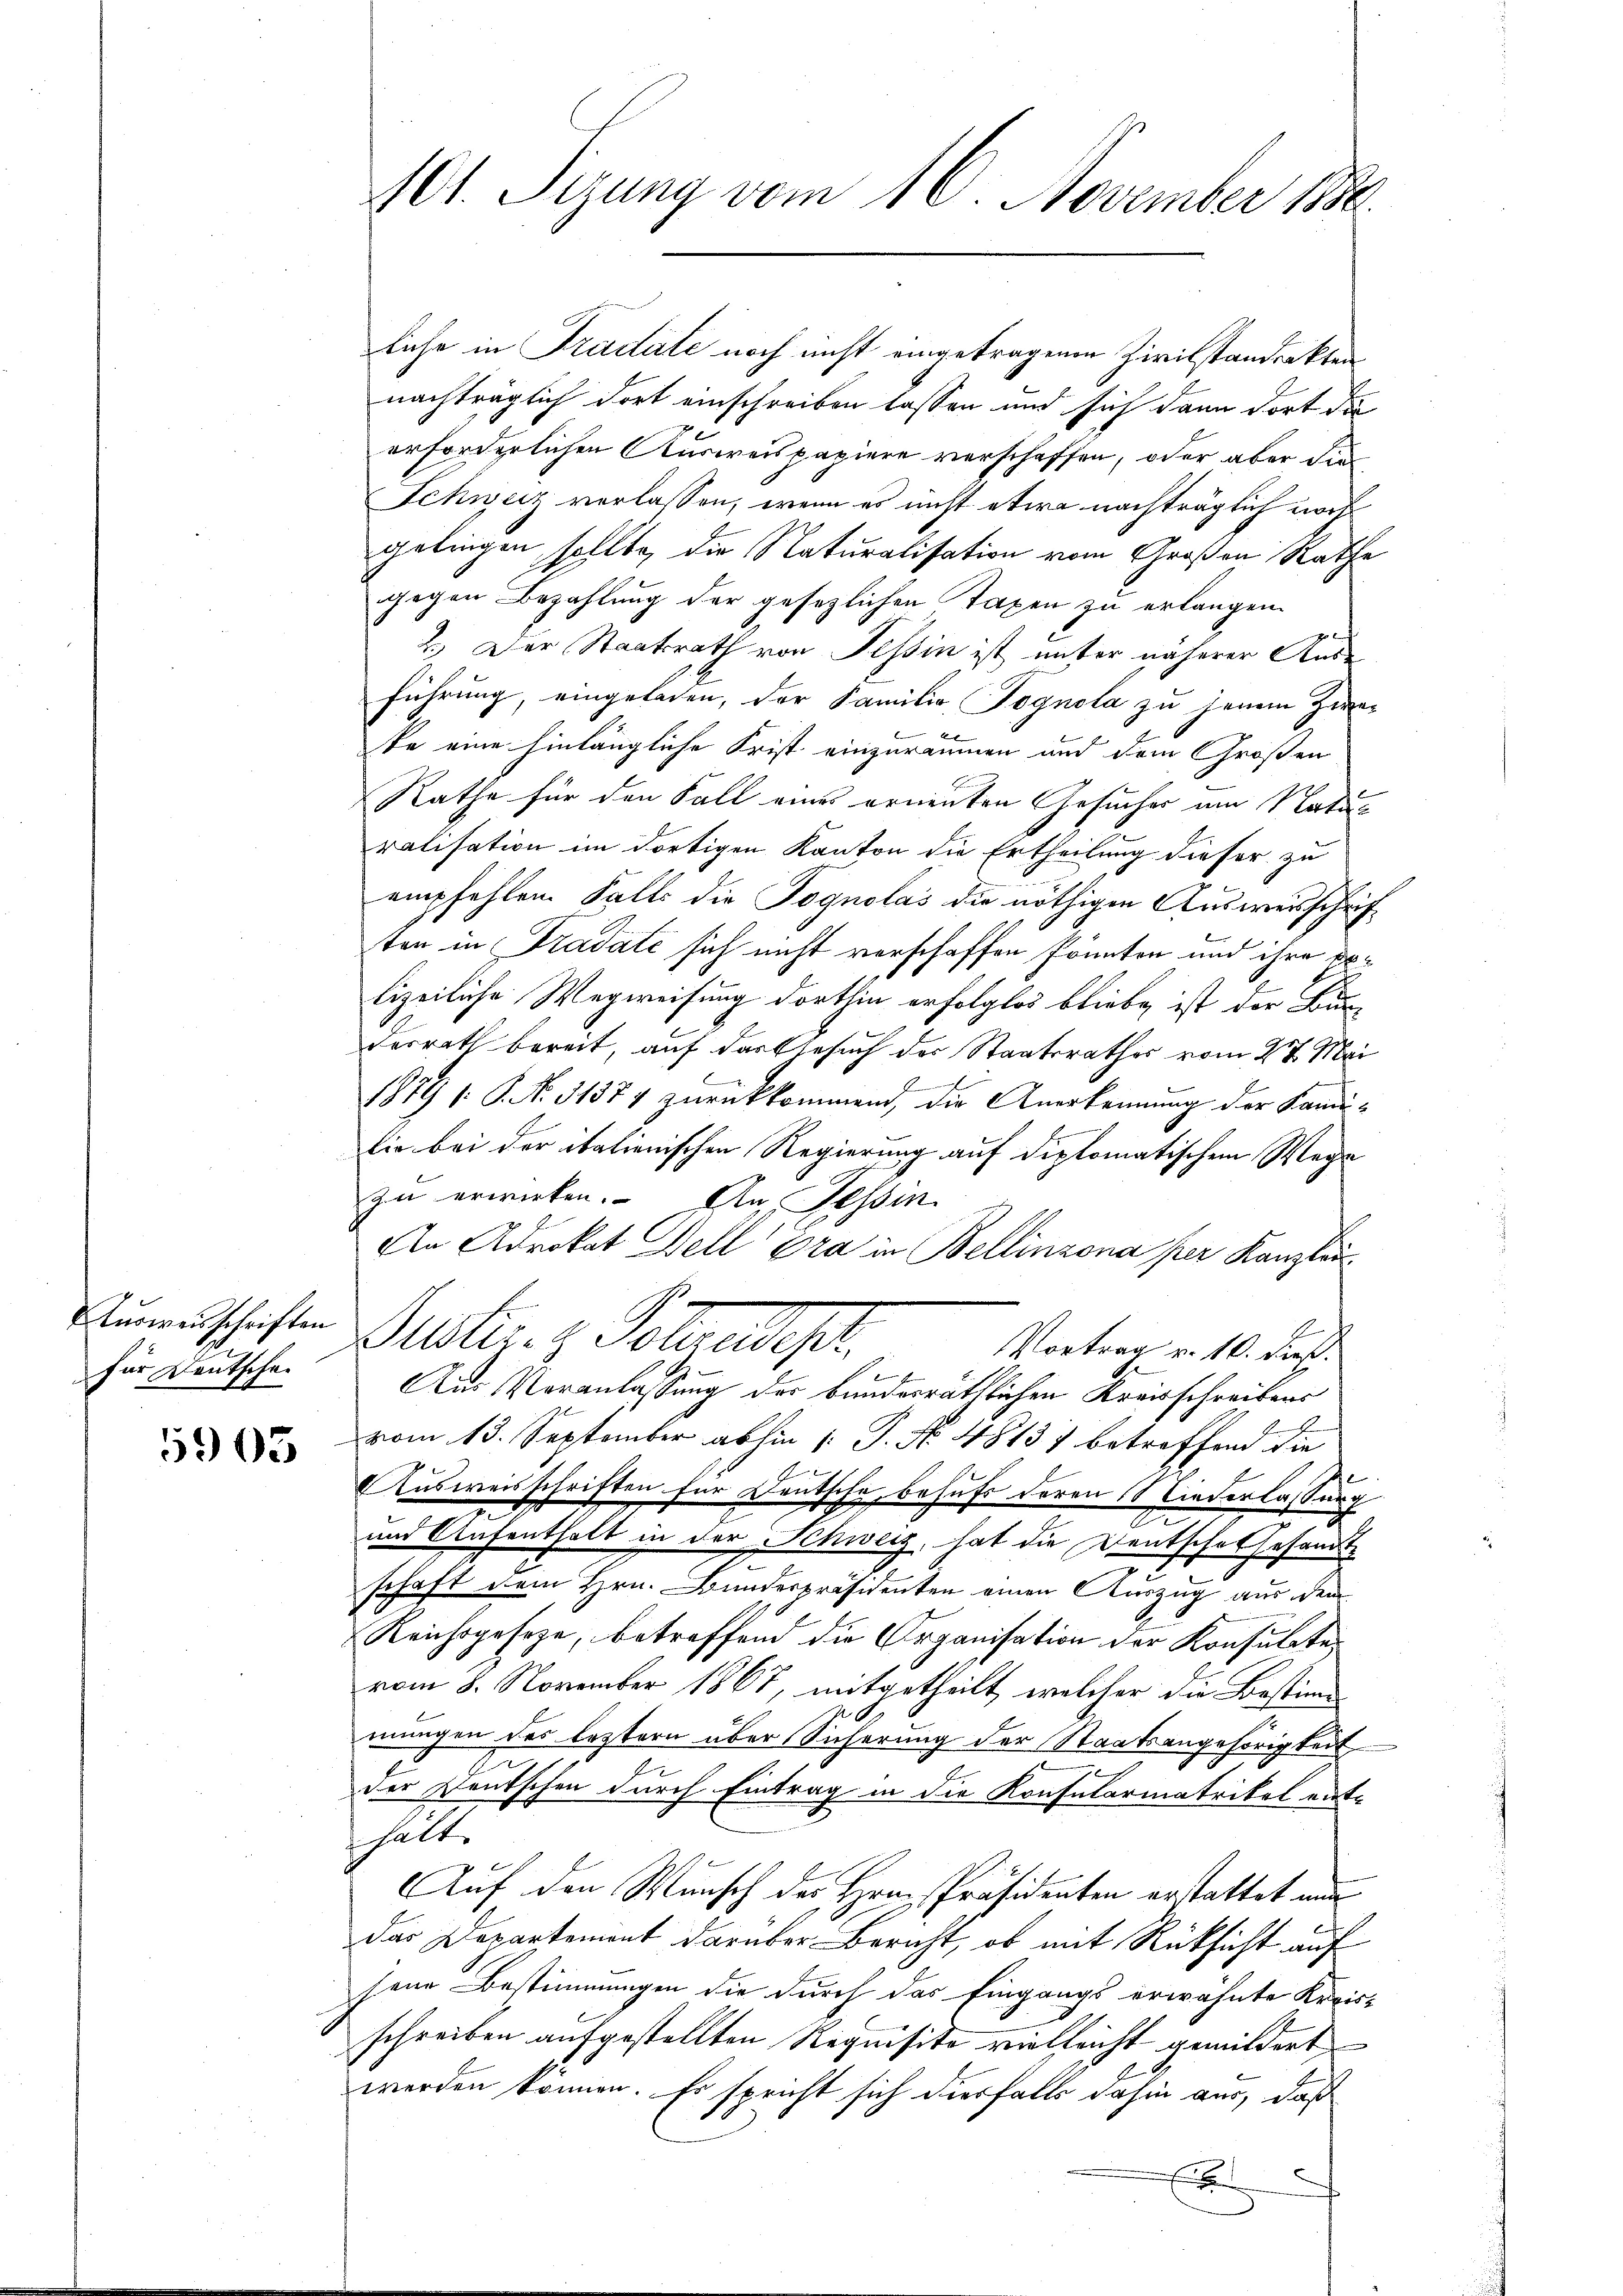
Ausweisschriften
für Deutschei

5905

liche in Tradate noch nicht eingetragenen Zivilstandenkten
nachträglich dort einschreiben lassen und sich dann dort die
erforderlichen Ausweispapiere verschaffen, oder aber die
Schweiz verlassen, wenn es nicht etwa nachträglich vorh
gelingen sollte, die Naturalisation vom Großen Rathe
gegen Bezahlung der gesezlichen Taxen zu erlangen.
2.) Der Staatsrath von Tessin ist unter näherer Ande
führung, eingeladen, der Familie Tognola zu jenem Zweke eine hinlängliche Frist einzuräumen und dem Großen
Rathe für den Fall eines ernenten Gesuches am Naturalisation im dortigen Kanton die Ertheilung dieser zu
empfehlen Falls die Pognolas die nöthigen Ausweisschrift
ten in Fradate sich nicht verschaffen könnten und ihre Erlizeiliche Wegweisung dorthin erfolglos bliebe, ist der Bur-
derrath bereit, auf das Gesuch der Staatsrathes vom 27. Mai
J
1879 1. P. No. 51377 zurückkommen, die Anerkennung der Kandi-
lie bei der italienischen Regierung auf diplomatischem Wege
zu erwirken. An Tessin
An Advokat Bell pra in Bellinzona per Kanzlei
.
Suster. - Polendepr
Vortrag v. 10. dieß.
Aus Veranlassung der bundesräthlichen Kreisschreibens
vom 13. September abhin 1 S. No. 4813) betreffend die
Ausweisschriften für Deutsche, behufs deren Niederlassung
und Aufenthalt in der Schweiz, hat die Deutschafhesandte
schaft dem Hrn. Bundespräsidenten einen Auszug aus dem
Reichsgeseze, betreffend die Organisation der Konsulatevom 8. November 1867, mitgetheilt, welcher die Bestimmungen des leztern über Sicherung der Staatsangehörigkeit
n
s
der Deutschen durch Eintrag in die Konsularmatrikel enthält.
Auf den Wunsch des Hrn. Präsidenten erstattet und
das Departement darüber Bericht, ob mit Rücksicht auf
sene Bestimmungen die durch das Eingangs erwähnte Kreis-
schreiben aufgestellten Requisito vielleicht gemildert
werden können. Es spricht sich diesfalls dahin aus, daß
E

101. Sizung vom 16. November 1880.